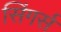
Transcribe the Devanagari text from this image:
सिंगर्स